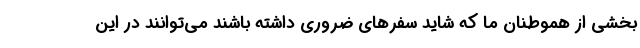
بخشی از هموطنان ما که شاید سفرهای ضروری داشته باشند می‌توانند در این